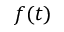
f ( t )